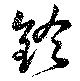
鈴